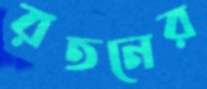
রতনের